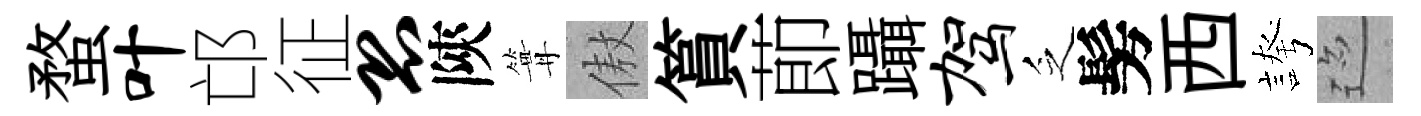
蝥叶邙征恐陝篝傲篔莭躡驾乏髣西誇迹